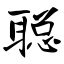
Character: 聪